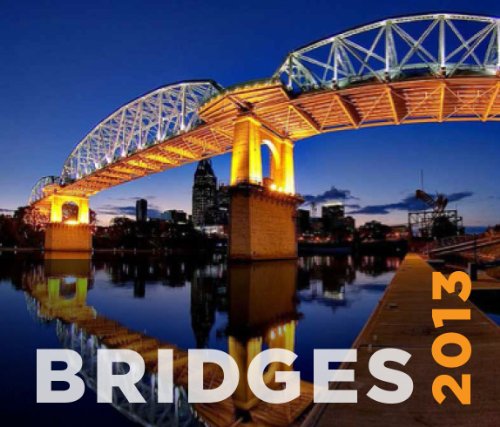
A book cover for Bridges 2013; American Society of Civil Engineers; Calendars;